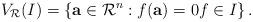
LaTeX: \begin{align*}V_\mathcal{R}(I)=\left\{ {\bf a}\in \mathcal{R}^n : f({\bf a}) = 0 f\in I \right\}.\end{align*}